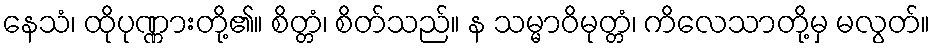
နေသံ၊ ထိုပုဏ္ဏားတို့၏။ စိတ္တံ၊ စိတ်သည်။ န သမ္မာဝိမုတ္တံ၊ ကိလေသာတို့မှ မလွတ်။